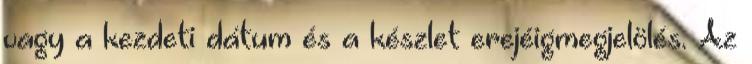
vagy a kezdeti dátum és a készlet erejéigmegjelölés. Az